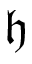
\mathfrak { h }